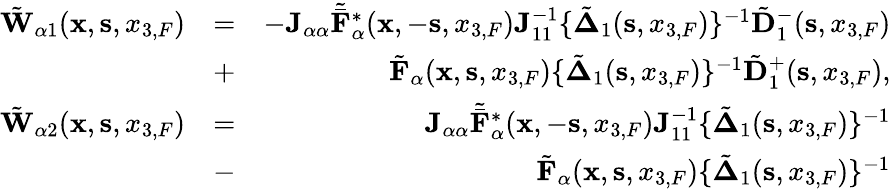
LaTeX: \begin{array}{rlr}{\tilde{\mathbf W}_{\alpha 1}({{\mathbf x}},{{\mathbf s}},{x_{3,F}})}&{=}&{-{\mathbf J}_{\alpha\alpha}{\tilde{\bar{\mathbf F}}}_{\alpha}^{*}({{\mathbf x}},-{{\mathbf s}},{x_{3,F}}){\mathbf J}_{11}^{-1}\{ \tilde{\mathbf\Delta}_{1}({\mathbf s},x_{3,F})\} ^{-1}\tilde{\mathbf D}_{1}^{-}({\mathbf s},x_{3,F})}\\ &{+}&{\tilde{\mathbf F}_{\alpha}({{\mathbf x}},{{\mathbf s}},{x_{3,F}})\{ \tilde{\mathbf\Delta}_{1}({\mathbf s},x_{3,F})\} ^{-1}\tilde{\mathbf D}_{1}^{+}({\mathbf s},x_{3,F}),}\\ {\tilde{\mathbf W}_{\alpha 2}({{\mathbf x}},{{\mathbf s}},{x_{3,F}})}&{=}&{{\mathbf J}_{\alpha\alpha}{\tilde{\bar{\mathbf F}}}_{\alpha}^{*}({{\mathbf x}},-{{\mathbf s}},{x_{3,F}}){\mathbf J}_{11}^{-1}\{ \tilde{\mathbf\Delta}_{1}({\mathbf s},x_{3,F})\} ^{-1}}\\ &{-}&{\tilde{\mathbf F}_{\alpha}({{\mathbf x}},{{\mathbf s}},{x_{3,F}})\{ \tilde{\mathbf\Delta}_{1}({\mathbf s},x_{3,F})\} ^{-1}}\end{array}